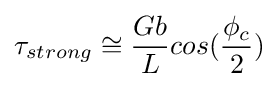
\tau _{strong}\cong {\frac {Gb}{L}}cos({\frac {\phi _{c}}{2}})